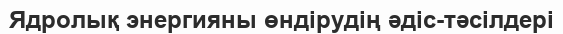
Ядролық энергияны өндірудің әдіс-тәсілдері